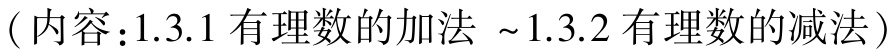
（内容：1.3.1 有理数的加法 ~1.3.2 有理数的减法）